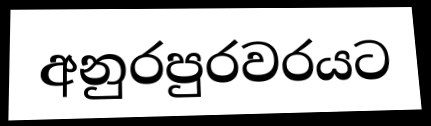
අනුරපුරවරයට